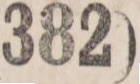
(382)